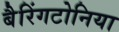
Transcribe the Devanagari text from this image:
बैरिंगटोनिया